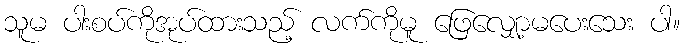
သူမ ပါးစပ်ကိုအုပ်ထားသည့် လက်ကိုမူ ဖြေလျှော့မပေးသေး ပါ။